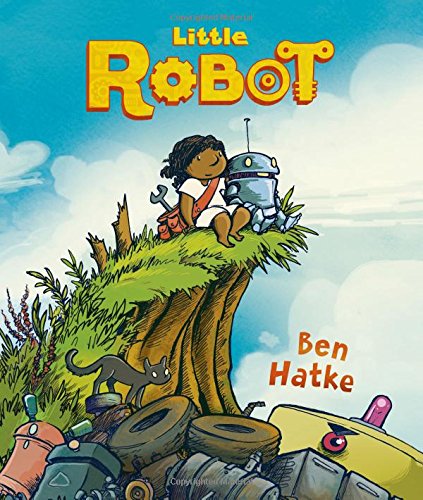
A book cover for Little Robot; Ben Hatke; Children's Books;